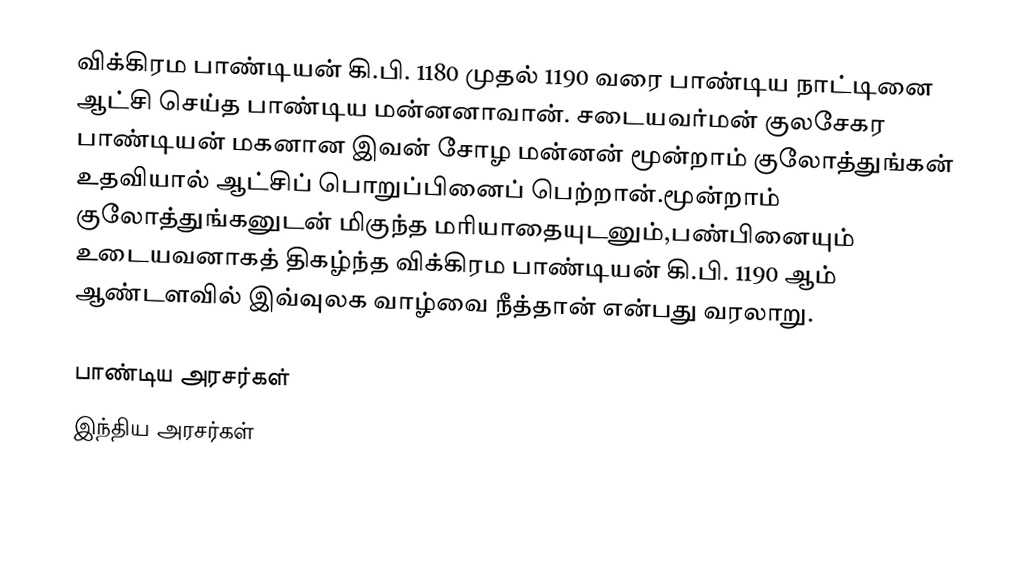
விக்கிரம பாண்டியன் கி.பி. 1180 முதல் 1190 வரை பாண்டிய நாட்டினை ஆட்சி செய்த பாண்டிய மன்னனாவான். சடையவர்மன் குலசேகர பாண்டியன் மகனான இவன் சோழ மன்னன் மூன்றாம் குலோத்துங்கன் உதவியால் ஆட்சிப் பொறுப்பினைப் பெற்றான்.மூன்றாம் குலோத்துங்கனுடன் மிகுந்த மரியாதையுடனும்,பண்பினையும் உடையவனாகத் திகழ்ந்த விக்கிரம பாண்டியன் கி.பி. 1190 ஆம் ஆண்டளவில் இவ்வுலக வாழ்வை நீத்தான் என்பது வரலாறு.

பாண்டிய அரசர்கள்
இந்திய அரசர்கள்